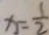
x = \frac { 1 } { 2 }